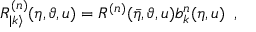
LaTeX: R _ { | k \rangle } ^ { ( n ) } ( \eta , \vartheta , u ) = R ^ { ( n ) } ( \bar { \eta } , \vartheta , u ) b _ { k } ^ { n } ( \eta , u ) \, \, \, ,